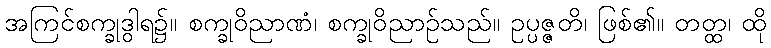
အကြင်စက္ခုဒွါရ၌။ စက္ခုဝိညာဏံ၊ စက္ခုဝိညာဉ်သည်။ ဥပ္ပဇ္ဇတိ၊ ဖြစ်၏။ တတ္ထ၊ ထို